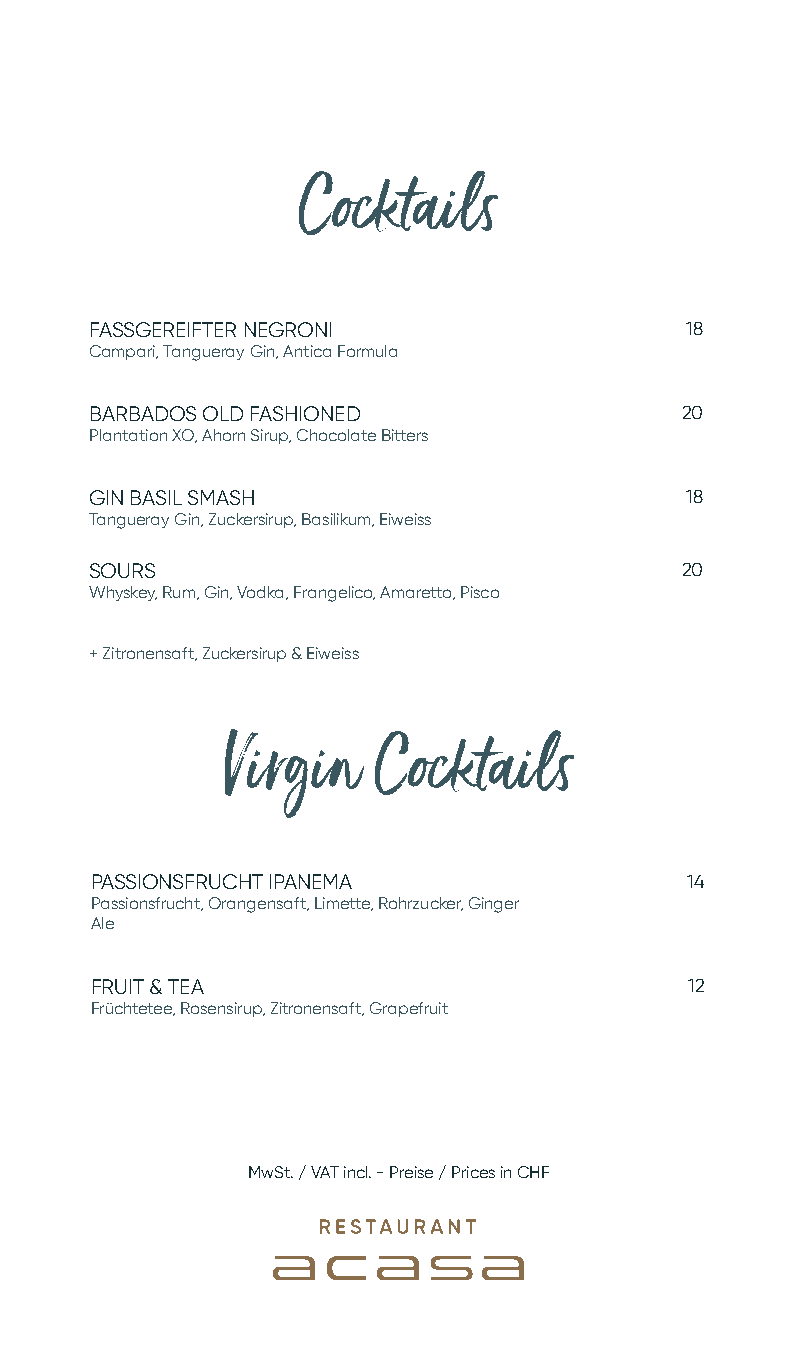
Cocktails
 FASSGEREIFTER NEGRONI                  18
 Campari, Tangueray Gin, Antica Formula
 BARBADOS OLD FASHIONED                 20
 Plantation XO, Ahorn Sirup, Chocolate Bitters
 GIN BASIL SMASH                        18
 Tangueray Gin, Zuckersirup, Basilikum, Eiweiss
 SOURS                                  20
 Whyskey, Rum, Gin, Vodka, Frangelico, Amaretto, Pisco
 + Zitronensaft, Zuckersirup & Eiweiss
 Virgin    Cocktails
 PASSIONSFRUCHT IPANEMA                 14
 Passionsfrucht, Orangensaft, Limette, Rohrzucker, Ginger
 Ale
 FRUIT & TEA                            12
 Früchtetee, Rosensirup, Zitronensaft, Grapefruit
 MwSt. / VAT incl. - Preise / Prices in CHF